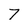
Character: 7